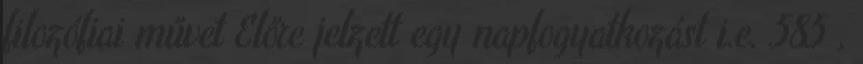
filozófiai művet Előre jelzett egy napfogyatkozást i.e. 585 ,